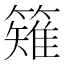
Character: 䉜